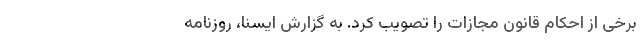
برخی از احکام قانون مجازات را تصویب کرد. به گزارش ایسنا، روزنامه